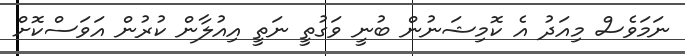
ނަމަވެސް މިއަދު އެ ކޮމިޝަނުން ބުނީ ވަގުތީ ނަތީ އިއުލާން ކުރުން އަވަސްކޮށް